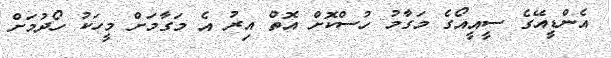
އެންޑީއޭގެ ސީއީއޯގެ މަގާމު ހުސްކޮށް އޮތް އިރު އެ މަގާމަށް މީހަކު ހޯދުމަށް